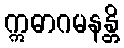
ဣဓာဂမနန္တိ